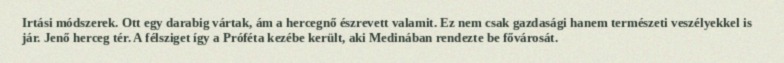
Irtási módszerek. Ott egy darabig vártak, ám a hercegnő észrevett valamit. Ez nem csak gazdasági hanem természeti veszélyekkel is jár. Jenő herceg tér. A félsziget így a Próféta kezébe került, aki Medinában rendezte be fővárosát.